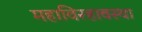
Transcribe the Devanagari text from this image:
महाविरहावस्था